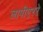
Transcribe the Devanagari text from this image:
लापीएररे